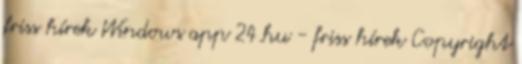
friss hírek Windows app 24.hu - friss hírek Copyright